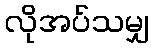
လိုအပ်သမျှ